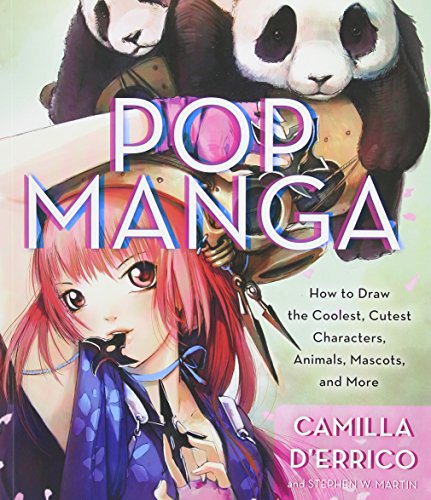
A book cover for Pop Manga: How to Draw the Coolest, Cutest Characters, Animals, Mascots, and More; Camilla d'Errico; Comics & Graphic Novels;